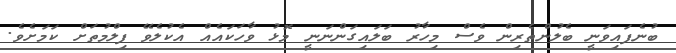
ބުނެފައިވަނީ ބެލުންތެރިން ވެސް މިހާރު ބަލައިގަންނަނީ މޮޅު ވާހަކައެއް އެކުލެވޭ ފިލްމުތަށް ކަމަށެވެ.